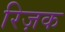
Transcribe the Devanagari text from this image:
रिज़क